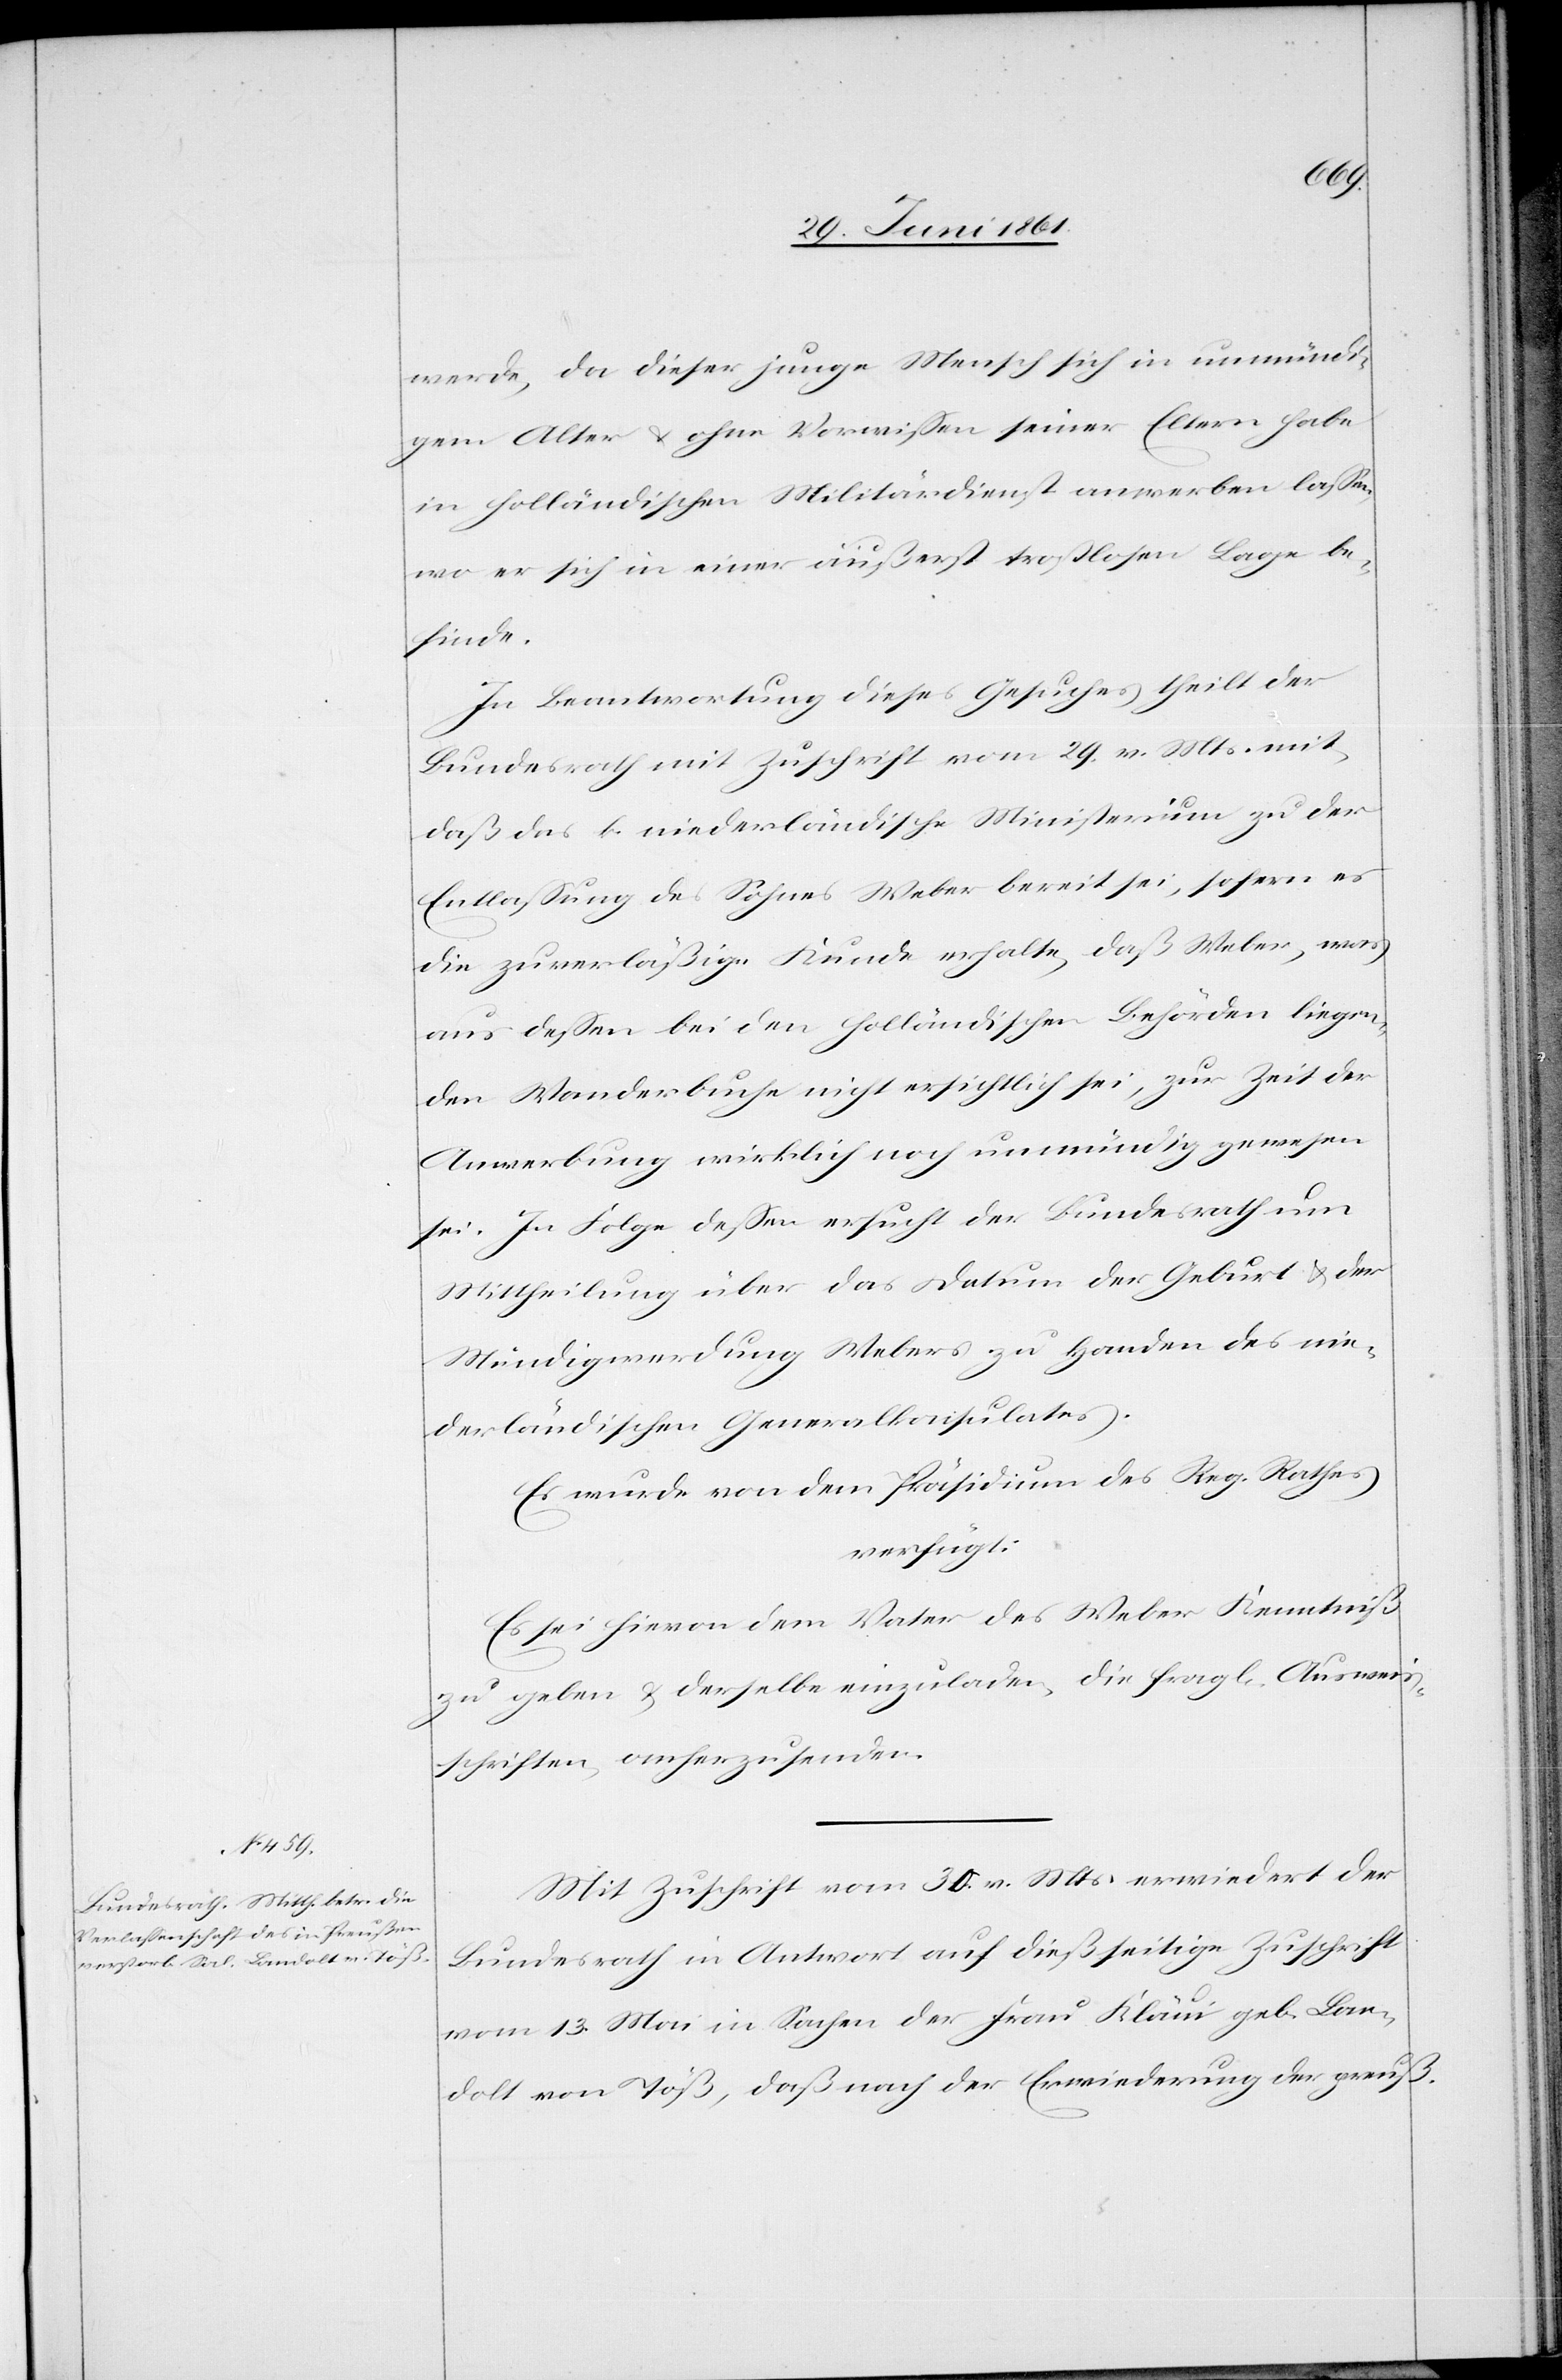
2. Juli 1861.]
werde, da dieser junge Mensch sich in unmündi¬
gem Alter u. ohne Vorwissen seiner Eltern habe
in holländischen Militärdienst anwerben lassen,
wo er sich in einer äußerst trostlosen Lage be¬
finde.
In Beantwortung dieses Gesuches theilt der
Bundesrath mit Zuschrift vom 29. v. Mts. mit,
daß das k. niederländische Ministerium zu der
Entlassung des Sohnes Weber bereit sei, sofern es
die zuverläßige Kunde erhalte, daß Weber, was
aus dessen bei den holländischen Behörden liegen¬
den Wanderbuche nicht ersichtlich sei, zur Zeit der
Anwerbung wirklich noch unmündig gewesen
sei. In Folge dessen ersucht der Bundesrath um
Mittheilung über das Datum der Geburt u. der
Mündigwerdung Webers zu Handen des nie¬
derländischen Generalkonsulates.
Es wurde von dem Präsidium des Reg. Rathes
verfügt:
Es sei hievon dem Vater des Weber Kenntniß
zu geben u. derselbe einzuladen, die frag[lichen] Ausweis¬
schriften anherzusenden.
Mit Zuschrift vom 30. v. Mts. erwiedert der
Bundesrath in Antwort auf dießseitige Zuschrift
vom 13. Mai in Sachen der Frau Kläui geb. Lan¬
dolt von Töß, daß nach der Erwiederung der preuß.